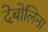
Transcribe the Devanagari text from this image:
देबोलिना